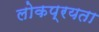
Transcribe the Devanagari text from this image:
लोकप्रयता